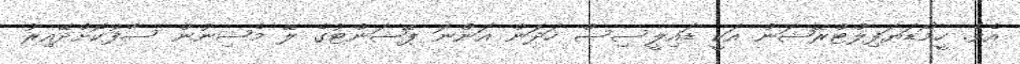
އެވެ. ހީމޯޑަޔަފިލްޓްރޭޝަން އަކީ ޑައިލީސިސް ހަދަން އަންނަ ޕޭޝަންޓުގެ ލޭ މެޝިނުން ސާފުކޮށްދޭއިރު